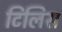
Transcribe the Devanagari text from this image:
टिलिस